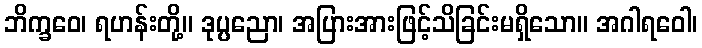
ဘိက္ခဝေ၊ ရဟန်းတို့။ ဒုပ္ပညော၊ အပြားအားဖြင့်သိခြင်းမရှိသော။ အဂါရဝေါ၊